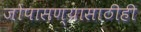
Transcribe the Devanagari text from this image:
जोपासण्यासाठीही